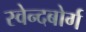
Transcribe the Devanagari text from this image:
स्वेन्दबोर्ग